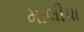
માલીપા